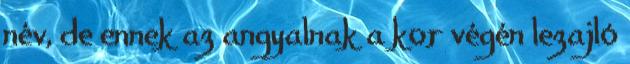
név, de ennek az angyalnak a kor végén lezajló